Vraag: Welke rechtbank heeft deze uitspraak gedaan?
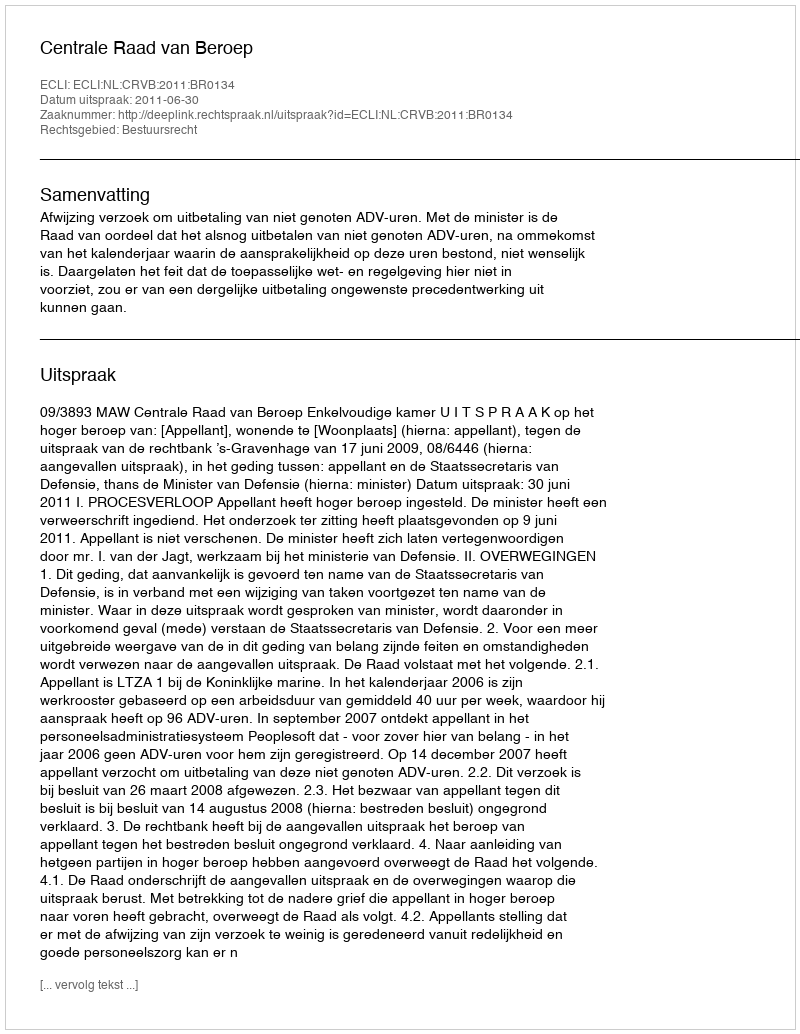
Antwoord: Centrale Raad van Beroep